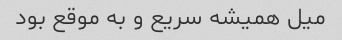
میل همیشه سریع و به موقع بود